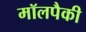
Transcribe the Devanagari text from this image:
मॉलपैकी